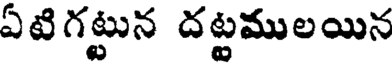
ఏటిగట్టున దట్టములయిన